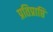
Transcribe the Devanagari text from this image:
प्रतिप्राप्ति